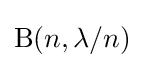
{\textrm {B}}(n,\lambda /n)